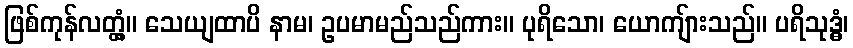
ဖြစ်ကုန်လတ္တံ့။ သေယျထာပိ နာမ၊ ဥပမာမည်သည်ကား။ ပုရိသော၊ ယောကျ်ားသည်။ ပရိသုဒ္ဓံ၊